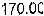
170.00